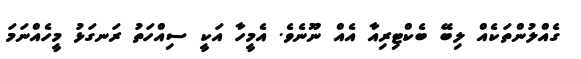
ގެއްލުންތަކެއް ލިބޭ ބެކްޓިރިއާ އެއް ނޫނެވެ. އެމީހާ އަކީ ސިއްހަތު ރަނގަޅު މީހެއްނަމަ